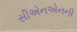
સીએનએનની